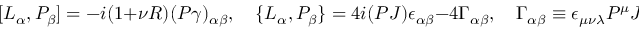
[ { \cal L } _ { \alpha } , { \cal P } _ { \beta } ] = - i ( 1 + \nu R ) ( P \gamma ) _ { \alpha \beta } , \quad \{ { \cal L } _ { \alpha } , { \cal P } _ { \beta } \} = 4 i ( P J ) \epsilon _ { \alpha \beta } - 4 \Gamma _ { \alpha \beta } , \quad \Gamma _ { \alpha \beta } \equiv \epsilon _ { \mu \nu \lambda } P ^ { \mu } J ^ { \nu } \gamma _ { \alpha \beta } ^ { \lambda } ,